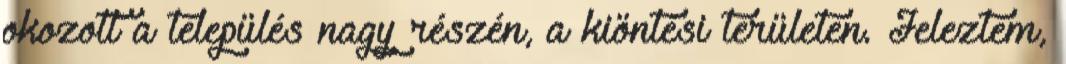
okozott a település nagy részén, a kiöntési területen. Jeleztem,